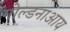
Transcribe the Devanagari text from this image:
गोल्डनाआय